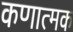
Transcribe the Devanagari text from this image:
कणात्मक